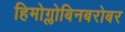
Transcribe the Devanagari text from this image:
हिमोग्लोबिनबरोबर